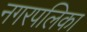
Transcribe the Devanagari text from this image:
नगरपलिका